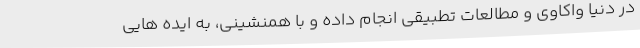
در دنیا واکاوی و مطالعات تطبیقی انجام داده و با همنشینی، به ایده هایی